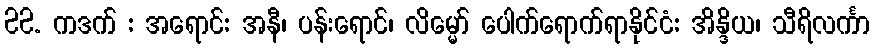
22. ကဒက် : အရောင်: အနီ၊ ပန်းရောင်၊ လိမ္မော် ပေါက်ရောက်ရာနိုင်ငံ: အိန္ဒိယ၊ သီရိလင်္ကာ